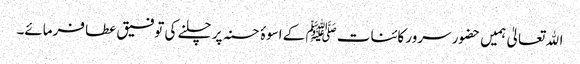
اﷲ تعالیٰ ہمیں حضور سرور کائنات ﷺ کے اسوۂ حسنہ پر چلنے کی توفیق عطا فرمائے۔